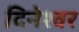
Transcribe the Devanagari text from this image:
दिनेश्वर